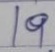
19